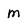
Character: m